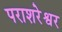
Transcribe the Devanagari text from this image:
पराशरेश्वर